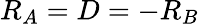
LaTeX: R_{A}=D=-R_{B}